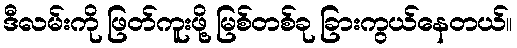
ဒီလမ်းကို ဖြတ်ကူးဖို့ မြစ်တစ်ခု ခြားကွယ်နေတယ်။